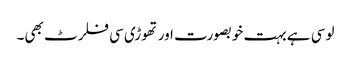
لوسی ہے بہت خوبصورت اور تھوڑی سی فلرٹ بھی۔